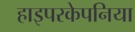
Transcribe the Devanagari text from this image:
हाइपरकेपनिया